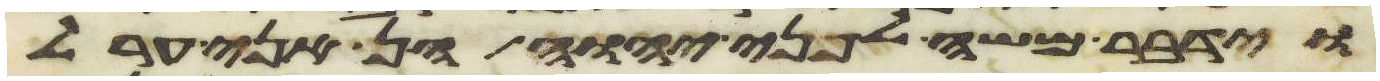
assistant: ויאמר משה לפני יהוה הן אני ערל